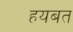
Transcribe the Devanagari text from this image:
हयबत